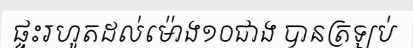
ផ្ទះរហូតដល់ម៉ោង១០ជាង បានត្រឡប់